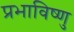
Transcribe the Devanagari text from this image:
प्रभाविष्णु